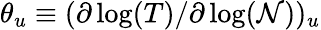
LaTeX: \theta_{u}\equiv(\partial\log(T)/\partial\log(\mathcal{N}))_{u}